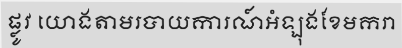
ផ្លូវ យោងតាមរបាយការណ៍អំឡុងខែមករា